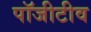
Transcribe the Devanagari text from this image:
पॉजीटीव